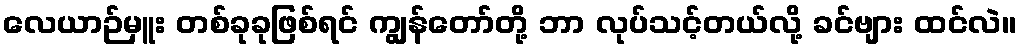
လေယာဉ်မှူး တစ်ခုခုဖြစ်ရင် ကျွန်တော်တို့ ဘာ လုပ်သင့်တယ်လို့ ခင်ဗျား ထင်လဲ။